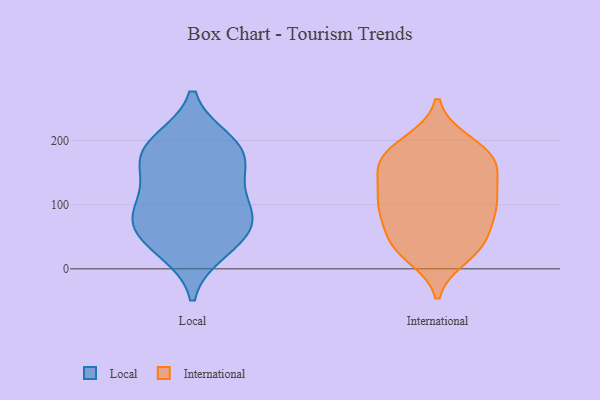
{"axis": {"x": "Budget (USD K)", "y": "Value"}, "legend": ["International", "Local"], "data": [{"x": "", "y": 157, "type": "Local"}, {"x": "", "y": 193, "type": "Local"}, {"x": "", "y": 62, "type": "Local"}, {"x": "", "y": 183, "type": "Local"}, {"x": "", "y": 87, "type": "Local"}, {"x": "", "y": 198, "type": "Local"}, {"x": "", "y": 41, "type": "Local"}, {"x": "", "y": 90, "type": "Local"}, {"x": "", "y": 161, "type": "Local"}, {"x": "", "y": 114, "type": "Local"}, {"x": "", "y": 29, "type": "Local"}, {"x": "", "y": 71, "type": "Local"}, {"x": "", "y": 70, "type": "International"}, {"x": "", "y": 197, "type": "International"}, {"x": "", "y": 151, "type": "International"}, {"x": "", "y": 114, "type": "International"}, {"x": "", "y": 92, "type": "International"}, {"x": "", "y": 195, "type": "International"}, {"x": "", "y": 37, "type": "International"}, {"x": "", "y": 32, "type": "International"}, {"x": "", "y": 155, "type": "International"}, {"x": "", "y": 39, "type": "International"}, {"x": "", "y": 105, "type": "International"}, {"x": "", "y": 94, "type": "International"}, {"x": "", "y": 21, "type": "International"}, {"x": "", "y": 170, "type": "International"}, {"x": "", "y": 169, "type": "International"}, {"x": "", "y": 43, "type": "International"}, {"x": "", "y": 173, "type": "International"}, {"x": "", "y": 100, "type": "International"}, {"x": "", "y": 109, "type": "International"}, {"x": "", "y": 161, "type": "International"}]}